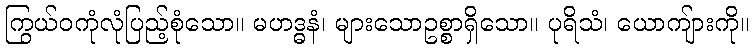
ကြွယ်ဝကုံလုံပြည့်စုံသော။ မဟဒ္ဓနံ၊ များသောဥစ္စာရှိသော။ ပုရိသံ၊ ယောကျ်ားကို။